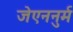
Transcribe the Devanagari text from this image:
जेएननुर्म